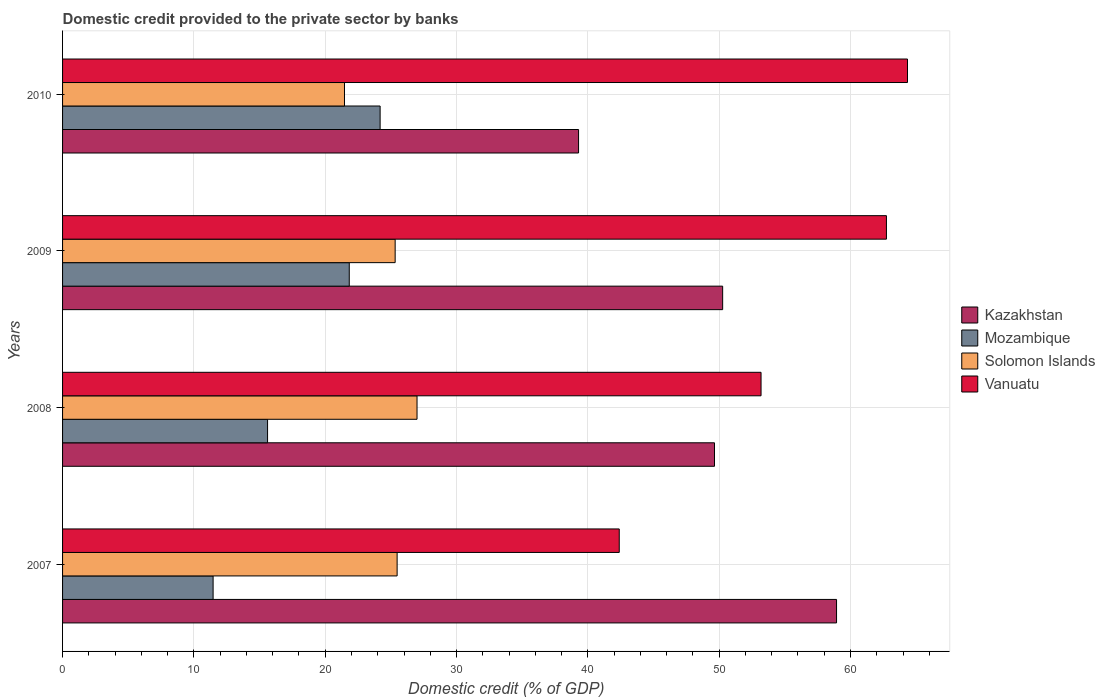
| Years | Kazakhstan | Mozambique | Solomon Islands | Vanuatu |
 | --- | --- | --- | --- | --- |
 | 2007 | 58.9 | 11.5 | 25.5 | 42.4 |
 | 2008 | 49.6 | 15.6 | 27 | 53.2 |
 | 2009 | 50.3 | 21.8 | 25.3 | 62.7 |
 | 2010 | 39.3 | 24.2 | 21.5 | 64.3 |